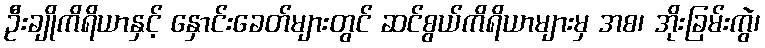
ဦးချိုကိရိယာနှင့် နှောင်းခေတ်များတွင် ဆင်စွယ်ကိရိယာများမှ အစ၊ အိုးခြမ်းကွဲ၊